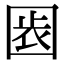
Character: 𡇴